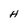
Character: H